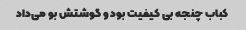
کباب چنجه بی کیفیت بود و گوشتش بو می‌داد